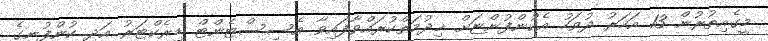
މީގެއިތުރުން 13 އަހަރު ދުވަހު އެކުންފުންޏަށް ޚިދުމަތްކުރައްވާފައިވާ އެސިސްޓެންޓް ޑިރެކްޓަރު އަދި ކުންފުނީގެ